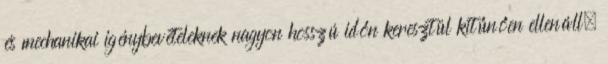
és mechanikai igénybevételeknek nagyon hosszú időn keresztül kitűnően ellenáll.